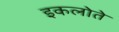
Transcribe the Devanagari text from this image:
इकलोते